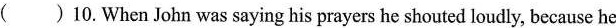
( )10.When John was saying his prayers he shouted loudly, because he